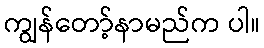
ကျွန်တော့်နာမည်က ပါ။